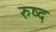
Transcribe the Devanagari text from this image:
रुष्द